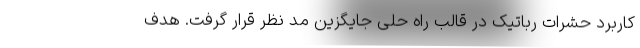
کاربرد حشرات رباتیک در قالب راه حلی جایگزین مد نظر قرار گرفت. هدف